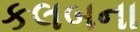
કલબના